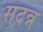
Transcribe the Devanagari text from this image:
सदन्न